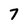
Character: 7